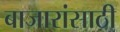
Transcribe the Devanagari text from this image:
बाजारांसाठी